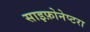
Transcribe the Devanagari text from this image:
साइफ़ोनेप्टरा